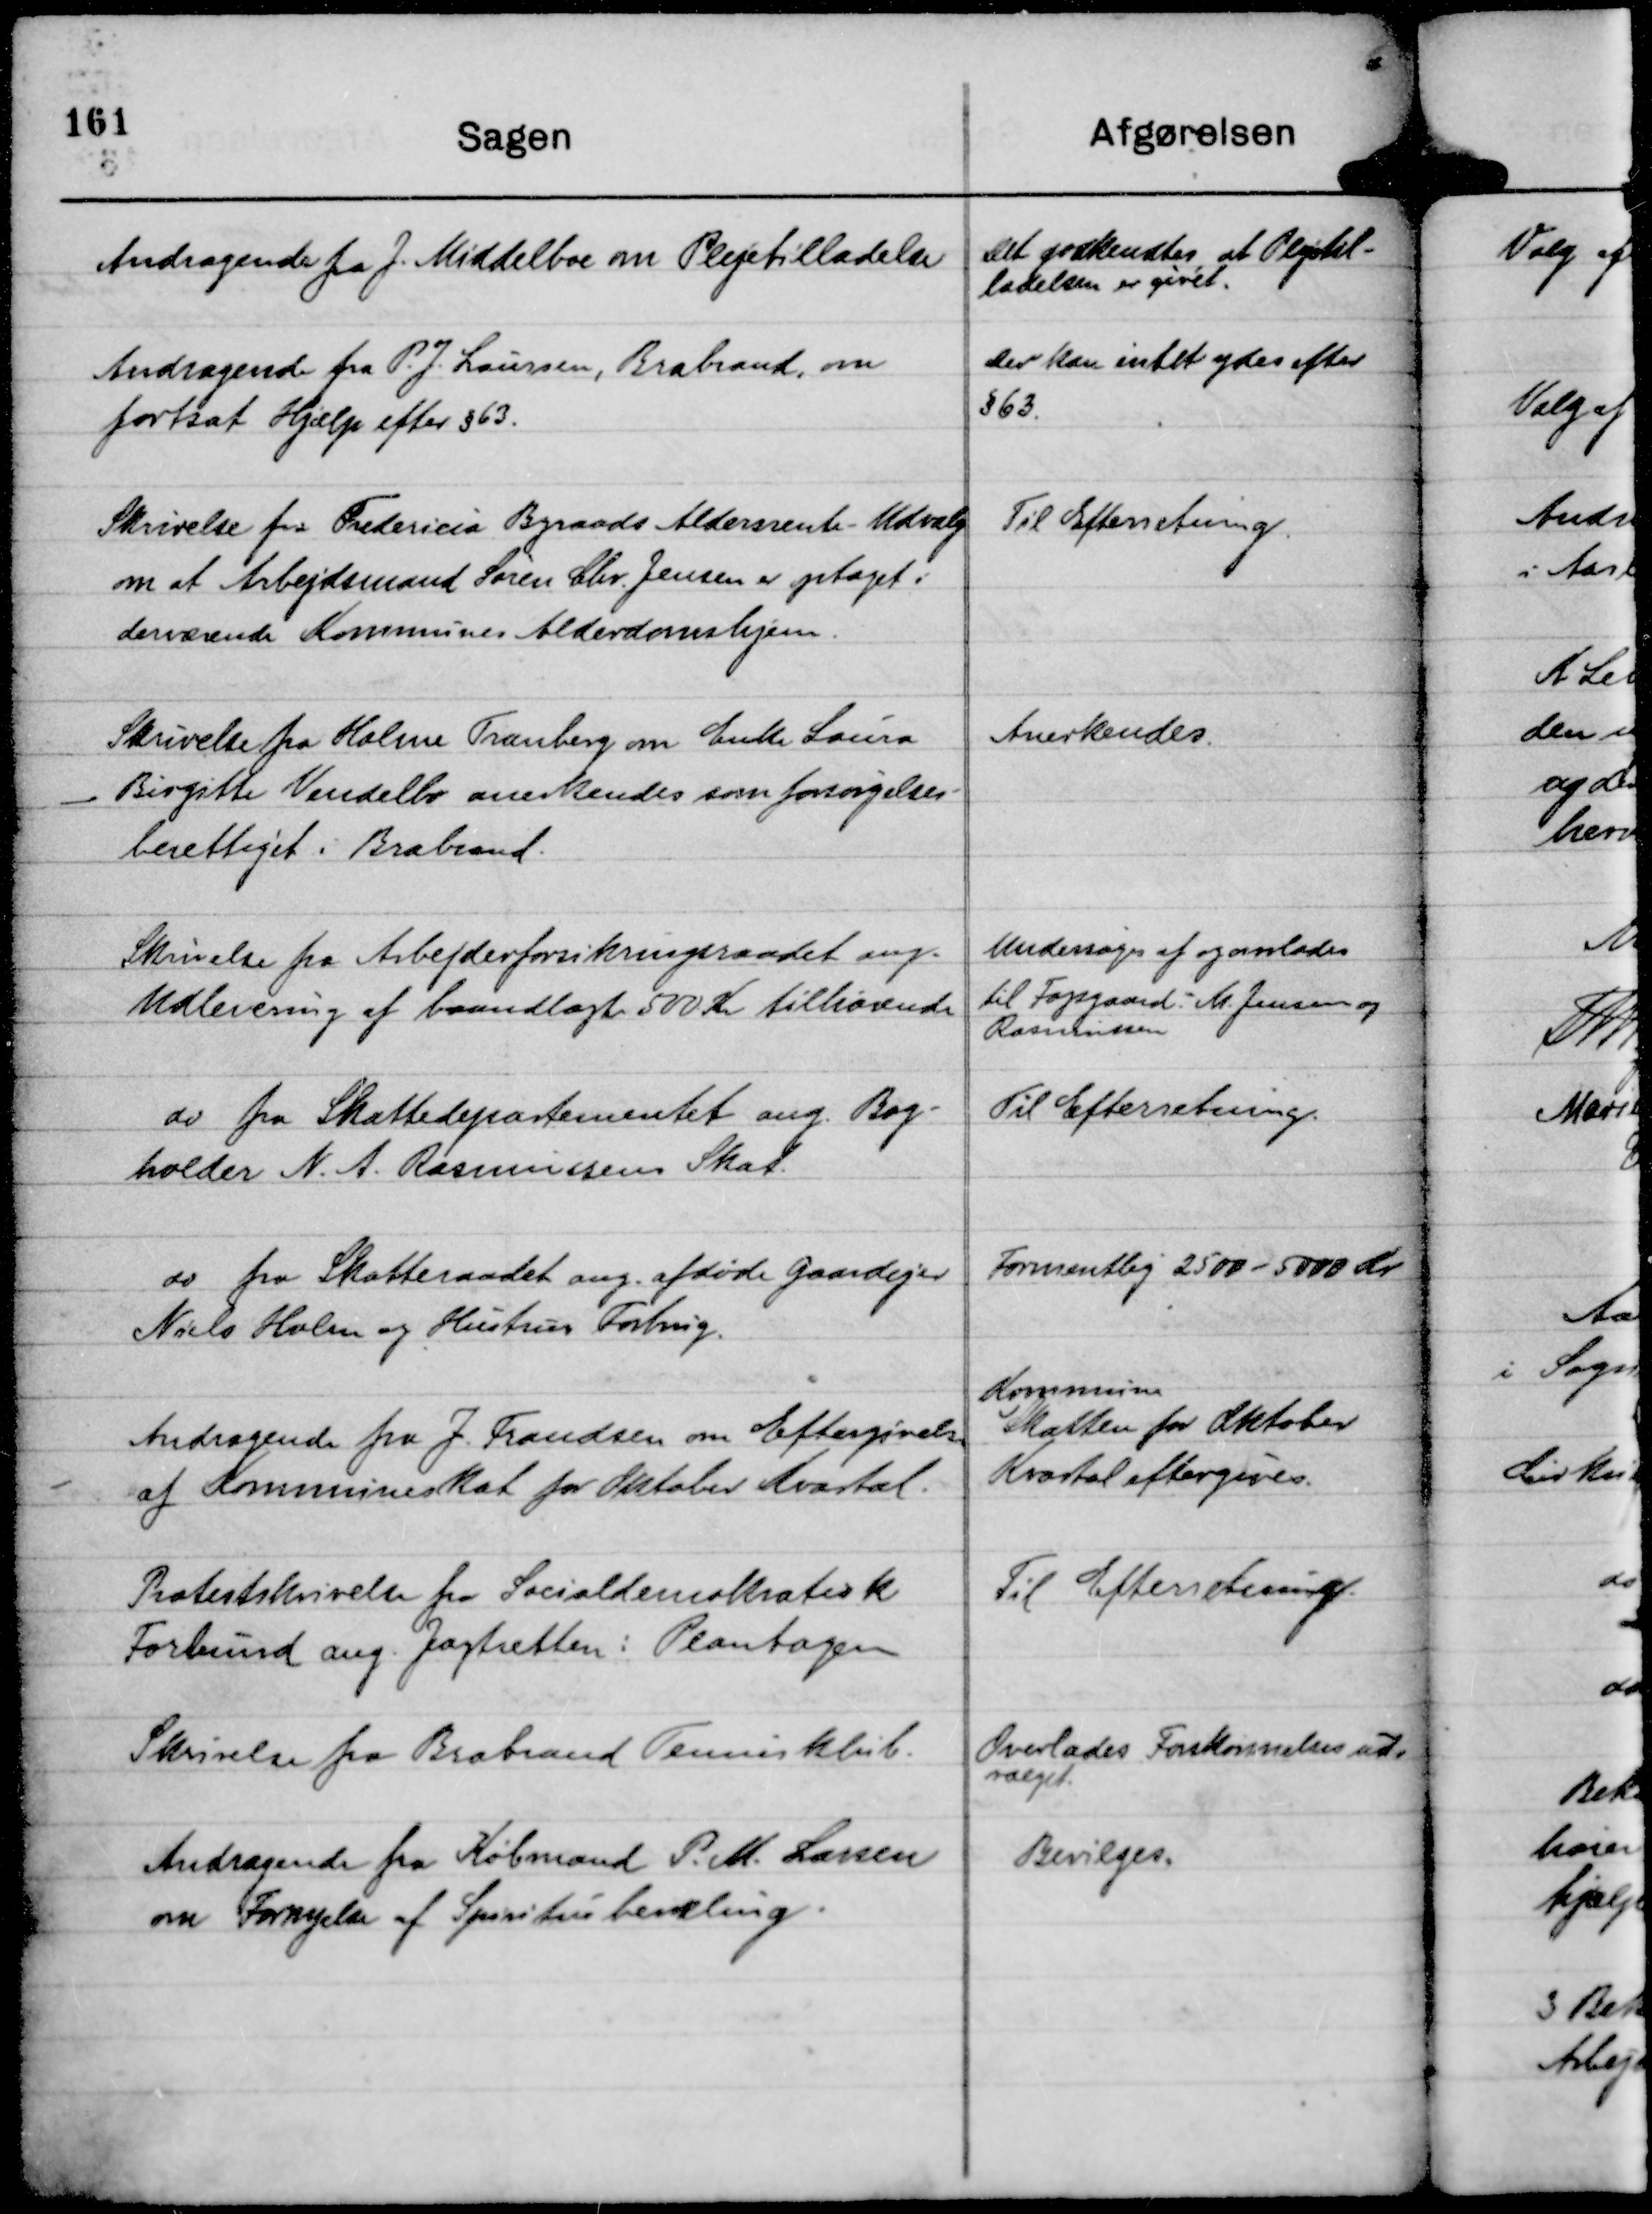
Transskription:
Andragende fra J. Middelboe om Plejetilladelse

Det godkendtes at Plejetil-
ladelsen er givet.

Andragende fra P. J. Laursen, Brabrand, om
fortsat Hjælp efter § 63.

Der kan intet ydes efter
§ 63.

Skrivelse fra Fredericia Byraads Aldersrente - Udvalg
om at Arbejdsmand Søren Chr. Jensen er optaget i
derværende Kommunes Alderdomshjem.

Til Efterretning.

Skrivelse fra Holme Tranberg om Enke Laura
Birgitte Vendelbo anerkendes som forsørgelses-
berettiget i Brabrand.

Anerkendes.

Skrivelse fra Arbejdsforsikringsraadet ang.
Udlevering af baandlagte 500 Kr tilhørende

Undersøges af og overlodes
til Fogsgaard M. Jensen og
Rasmussen

do fra Skattedepartementet ang. Bog-
holder N. A. Rasmussens Skat.

Til Efterretning.

do fra Skatteraadet ang. afdøde Gaardejer
Niels Holm og Hustrus Forbrug.

Formentlig 2500 - 5000 Kr

Andragende fra J. Frandsen om Eftergivelse
af Kommuneskat for Oktober Kvartal.

Kommune
Skatten for Oktober
Kvartal eftergives.

Protestskrivelse fra Socialdemokratisk
Forbund ang. Jagtretten i Plantagen

Til Efterretning.

Skrivelse fra Brabrand Tennisklub.

Overlades Forskønnelsesud-
valget.

Andragende fra Købmand P. M. Larsen
om Fornyelse af Spiritusbevilling.

Bevilges.